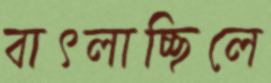
বাৎলাচ্ছিলে